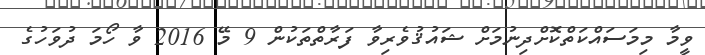
ވީމާ މިމަސައްކަތްކޮށްދިނުމަށް ޝައުޤުވެރިވާ ފަރާތްތަކުން 9 މޭ 2016 ވާ ހޯމަ ދުވަހުގެ